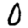
Digit: 0